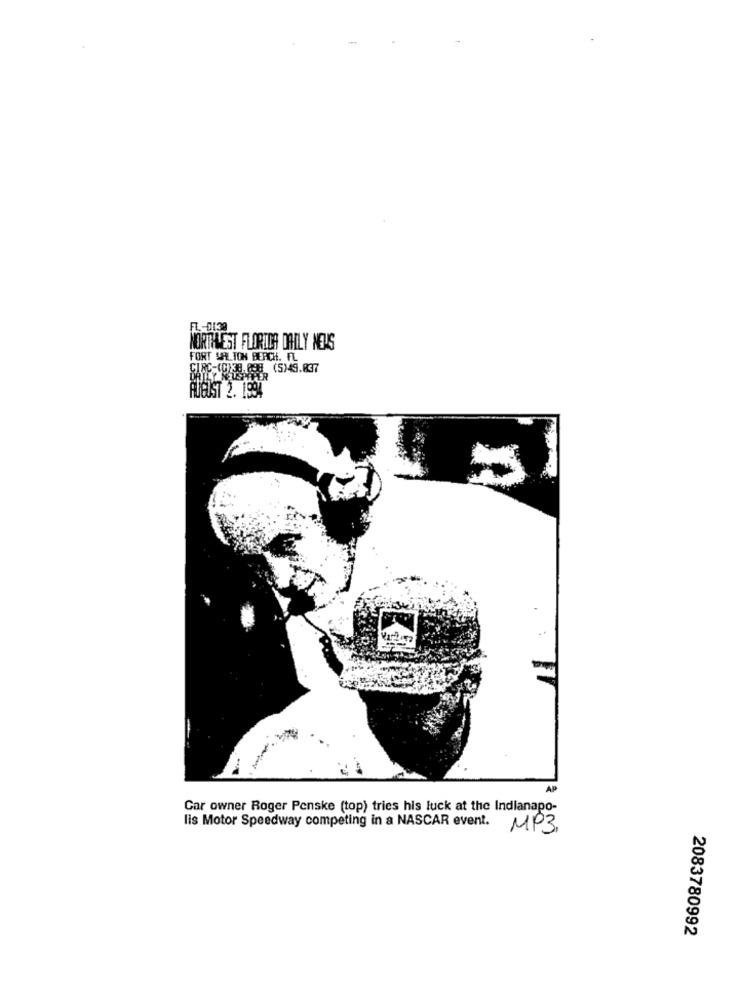
FL .- 0130
NORTHLEST FLORIDA DAILY NEWS
FORT WALTON BEACH. FL
CIRC-(C)ES. @88 (S)49.837
AUGUST 2. 1994
AP
Car owner Roger Penske (top) tries his luck at the Indianapo-
lis Motor Speedway competing in a NASCAR event.
MP3
2083780992